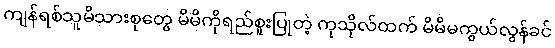
ကျန်ရစ်သူမိသားစုတွေ မိမိကိုရည်စူးပြုတဲ့ ကုသိုလ်ထက် မိမိမကွယ်လွန်ခင်